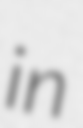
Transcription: in